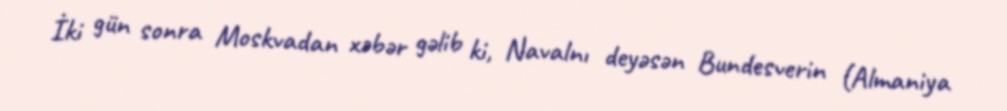
İki gün sonra Moskvadan xəbər gəlib ki, Navalnı deyəsən Bundesverin (Almaniya